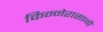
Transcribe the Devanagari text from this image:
किन्नेरासानी